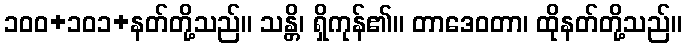
၁၀၀+၁၀၁+နတ်တို့သည်။ သန္တိ၊ ရှိကုန်၏။ တာဒေဝတာ၊ ထိုနတ်တို့သည်။